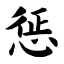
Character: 惩